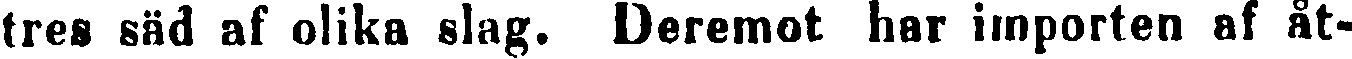
tres säd af olika slag. Deremot har importen af åt-